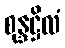
စုန္ဒဋ္ဌိလံ